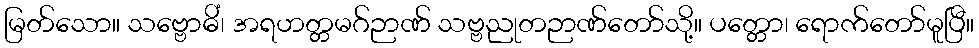
မြတ်သော။ သဗ္ဗောဓိံ၊ အရဟတ္တမဂ်ဉာဏ် သဗ္ဗညုတဉာဏ်တော်သို့။ ပတ္တော၊ ရောက်တော်မူပြီ။